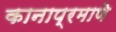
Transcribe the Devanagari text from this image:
कानाप्रमाणे